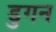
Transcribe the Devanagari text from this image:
डुगन